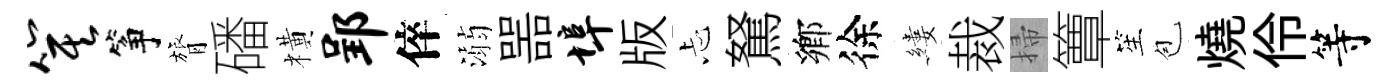
箕筝膂磻橫郢倅溺噐埠版忐駑鄕徐縷裁掃簟笙苞燒伶等